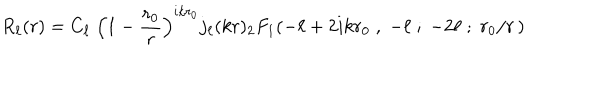
LaTeX: R _ { \ell } ( r ) = C _ { \ell } \; \left( 1 - { \frac { r _ { 0 } } { r } } \right) ^ { i k r _ { 0 } } j _ { \ell } ( k r ) { } _ { 2 } F _ { 1 } ( - \ell + 2 i k r _ { 0 } \; , \; - \ell \; ; \; - 2 \ell \; ; \; r _ { 0 } / r \, )